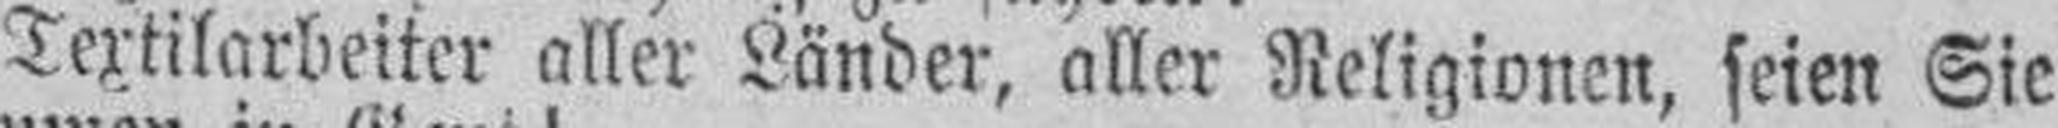
Textilarbeiter aller Länder, aller Religionen, seien Sie